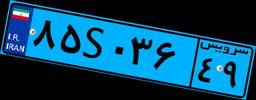
۵۵S۳۰۶۱۰